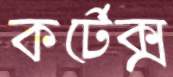
কর্টেক্স